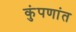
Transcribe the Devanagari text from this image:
कुंपणांत